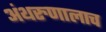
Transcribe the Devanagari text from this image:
अंथरुणालाच